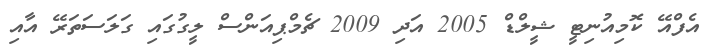
އެފްއޭ ކޮމިއުނިޓީ ޝީލްޑް 2005 އަދި 2009 ޗެމްޕިއަންސް ލީގުގައި ގަލަސަތަރޭ އާއި